Report on sanitation, dispensaries, and jails in Rajputana for 1912, and on vaccination for the year 1912-1913 - 1912-1913
Year: 1912
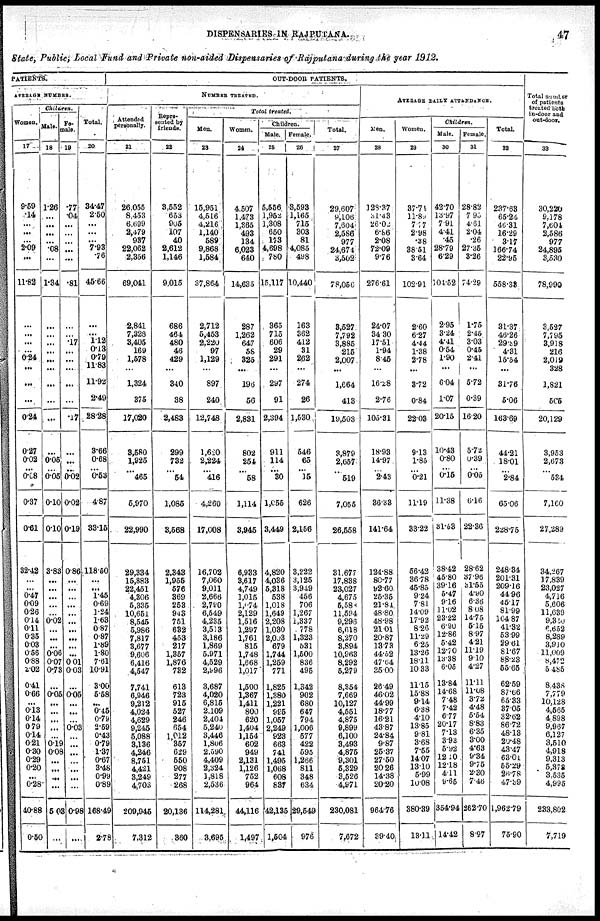
DISPENSARIES IN RAJPUTANA.
47
State, Public, Local Fund and Private non-aided Dispensaries of Rajputana during the year 1912.
PATIENTS.
AVERAGE NUMBER.
Women.
17
9.59
.14
...
...
...
2.09
...
11.82
...
...
...
...
0.24
...
...
...
0.24
0.27
0.02
... 0.08
0.37
0.61
32.42
...
...
0.47
0.09
0.26
0.14
0.11
0.35
0.03
0.56
0.88
2.02
0.41
0.66
...
0.13
0.14
0.79
0.14
0.21
0.30
0.29
0.20
...
0.28
40.88
0.50
Children.
Male.
18
1.26
...
...
...
...
.08
...
1.34
...
...
...
...
...
...
...
...
...
...
0.05
... 0.05
0.10
0.10
3.83
...
...
...
...
...
0.02
...
...
...
0.06
0.07
0.73
...
0.05
...
...
...
...
...
0.19
0.08
...
...
...
...
5.03
...
Fe¬
male.
19
.77
.04
...
...
...
...
...
.81
...
...
.17
...
...
...
...
...
.17
...
...
... 0.02
0.02
0.19
0.86
...
...
...
...
...
...
...
...
...
...
0.01
0.03
...
0.05
...
...
...
0.03
...
...
...
...
...
...
...
0.98
...
Total.
20
34.47
2.50
...
...
... 7.93
.76
45.66
...
...
1.12
0.13
0.79
11.83
11.92
2.49
28.28
3.66
0.68
... 0.53
4.87
33.15
118.50
...
...
1.45
0.69
1.24
1.63
0.87
0.87
1.89
1.80
7.61
10.91
3.00
5.58
...
0.45
0.79
2.59
0.43
0.79
1.37
0.67
3.48
0.99
0.89
168.49
2.78
OUT-DOOR PATIENTS.
NUMBER TREATED.
Attended
personally
21
26,055
8,453
6.699
2,479
937
22,062
2,356
69,041
2,841
7,323
3,405
169
1,578
...
1,324
375
17,020
8,580
1,925
...
465
5,970
22,990
29,334
15,883
22,451
4,306
5,335
10,651
8,545
5,986
7,817
3,677
9,606
6,416
4,547
7,741
6,946
9,212
4,024
4,629
9,245
5,088
3,136
4,246
8,751
4,421
3,249
4,703
209,945
7,312
Repre-
sented by
friends.
22
3,552
653
905
107
40
2,612
1,146
9,015
686
464
480
46
429
...
340
38
2,483
299
732
... 54
1,085
3,568
2,343
1,955
576
369
253
943
751
632
453
217
1,357
1,876
732
613
723
915
527
246
654
1,012
357
629
550
908
277
268
20,136
360
Total treated.
Men.
23
15,951
4,516
4,216
1,140
589
9,868
1,584
37,864
2,712
5,453
2,220
97
1,129
...
897
240
12,748
1,620
2,224
... 416
4,260
17,008
16,702
7,060
9,011
2,666
2,780
6,549
4,235
3,513
3,186
1,869
5,971
4,529
2,996
3,687
4,020
6,815
2,109
2,401
5,240
3,446
1,806
2,590
4,409
2,324
1,818
2,536
114,281
3,695
Women.
24
4,507
1,473
1,365
493
134
6,023
640
14,635
287
1,262
647
58
325
...
196
56
2,831
802
254
... 58
1,114
3,946
6,933
3,617
4,749
1,015
1,074
2,129
1,516
1,297
1,761
815
1,748
1,668
1,017
1,500
1,367
1,411
800
620
1,404
1,154
602
949
2,131
1,126
752
964
44,116
1,497
Children.
Male.
25
5,556
1,952
1,308
650
173
4,698
780
15,117
365
715
606
29
291
...
297
91
2,394
911
114
... 30
1,055
3,449
4,820
4,036
5,318
538
1,018
1,649
2,208
1,030
2,003
679
1,744
1,259
771
1,825
1,380
1,221
995
1,057
2,249
923
663
741
1,495
1,068
608
837
42,135
1,504
Female.
26
3,593
1,165
715
303
81
4,085
498
10,440
163
362
412
31
262
...
274
26
1,530
546
65
... 15
626
2,156
3,222
3,125
3,949
456
706
1,267
1,337
778
1,323
531
1,500
836
495
1,342
902
680
647
794
1,006
577
422
595
1,266
811
348
634
29,549
976
Total.
27
29,607
9,106
7,604
2,586
977
24,674
3,502
78,050
3,527
7,792
3,885
215
2,007
...
1,664
413
19,503
3,879
2,067
...
519
7,056
26,558
31,677
17,838
23,027
4,675
5,588
11,524
9,296
8,618
8,270
3,894
10,963
8,292
5,279
8,354
7,669
10,127
4,551
4,875
9,899
6,100
3,493
4,875
9,301
5,329
3,526
4,971
230,081
7,672
AVERAGE DAILY ATTENDANCE.
Men.
28
128.37
31.43
26.02
6.86
2.08
72.09
9.76
276.61
24.07
34.30
17.51
1.94
8.45
...
16.28
2.76
105.31
18.93
14.97
... 2.43
36.33
141.64
124.88
80.77
92.60
25.35
21.84
48.80
48.98
21.01
20.87
13.73
44.52
47.04
35.00
26.49
46.02
44.99
18.77
16.21
43.87
24.84
9.87
25.37
27.50
20.26
14.38
20.20
964.76
39.40
Women.
29
37.74
11.83
7.77
2.98
.38
38.51
3.64
102.91
2.60
6.27
4.44
1.38
2.78
...
3.72
0.84
22.03
9.13
1.85
... 0.21
11.19
33.22
56.42
36.78
45.85
9.24
7.81
14.09
17.92
8.26
11.29
6.25
13.26
18.11
10.33
11.15
15.88
9.14
6.38
4.10
13.85
9.81
3.68
7.55
14.07
13.10
5.99
10.08
380.39
13.11
Children.
Male.
30
42.70
13.97
7.91
4.41
.45
28.79
6.29
104.52
2.95
3.24
4.41
0.54
1.90
...
6.04
1.07
20.15
10.43
0.80
... 0.15
11.38
31.53
38.42
45.80
39.16
5.47
9.16
11.02
23.22
6.90
12.86
5.42
12.70
13.38
6.05
13.84
14.68
7.48
7.42
6.77
20.17
7.13
3.93
5.92
12.10
12.18
4.11
9.65
354.94
14.42
Female.
31
28.82
7.93
4.61
2.04
.26
27.35
3.26
74.29
1.75
2.45
3.03
0.45
2.41
...
5.72
0.39
16.20
5.72
0.39
... 0.05
6.16
22.36
28.62
37.96
31.55
4.90
6.36
8.08
14.75
5.15
8.97
4.21
11.19
9.10
4.27
11.11
11.08
3.72
4.48
5.54
8.83
6.35
3.00
4.63
9.34
9.75
2.30
7.46
262.70
8.97
Total.
32
237.68
65.24
46.31
16.29
3.17
166.74
22.96
558.38
31.37
46.26
29.89
4.31
15.54
...
31.76
5.06
163.69
44.21
18.01
... 2.84
65.06
228.75
248.34
201.31
209.16
44.96
46.17
81.99
104.87
41.32
53.99
29.61
81.67
88.23
55.65
62.59
87.66
65.33
37.05
32.62
86.72
48.13
20.48
43.47
63.01
55.29
26.78
47.39
1,962.79
75.90
Total number
of patients
treated both
In-door and
out-door.
33
30,220
9,178
7,604
2,586
977
24,895
3,530
78,990
3,527
7,795
3,918
216
2,019
328
1,821
505
20,129
3,953
2,673
...
534
7,160
27,289
34,267
17,839
23,027
4,716
5,606
11,639
9,330
6,652
8,289
3,910
11,009
8,472
5,485
8,438
7,779
10,128
4,565
4,898
9,967
6,127
3,510
4,918
9,313
5,373
3,535
4,995
233,802
7,719